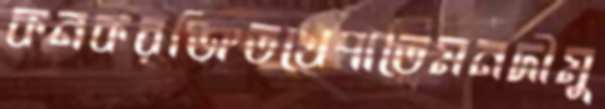
কনকরঞ্জিতখেপাতেমনদীমু